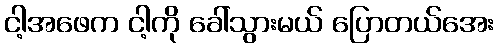
ငါ့အဖေက ငါ့ကို ခေါ်သွားမယ် ပြောတယ်အေး